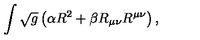
\int \sqrt { g } \left( \alpha R ^ { 2 } + \beta R _ { \mu \nu } R ^ { \mu \nu } \right) ,